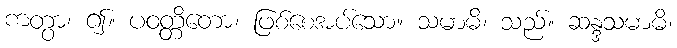
ကတွာ၊ ၍။ ပဝတ္တိတော၊ ဖြစ်စေအပ်သော။ သမာဓိ၊ သည်။ ဆန္ဒသမာဓိ၊